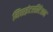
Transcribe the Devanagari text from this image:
मिसइंटरप्रिटेशन